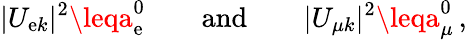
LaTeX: |U_{\mathrm{e}k}|^{2}\leqa_{\mathrm{e}}^{0}\qquad\mathrm{{and}}\qquad|U_{{\mu}k}|^{2}\leqa_{\mu}^{0}\, ,